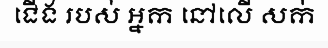
ជើង របស់ អ្នក នៅលើ សក់